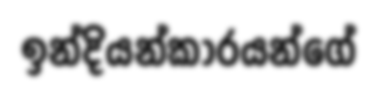
ඉන්දියන්කාරයන්ගේ